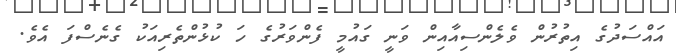
އައްސަދުގެ އިތުރުން ވެލެންސިއާއިން ވަނީ ގައުމީ ފެންވަރުގެ ހަ ކުޅުންތެރިއަކު ގެނެސްފަ އެވެ.